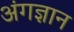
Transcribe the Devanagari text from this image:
अंगज्ञान